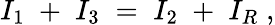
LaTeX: I_{1}\; +\; I_{3}\; =\; I_{2}\; +\; I_{R}\; ,